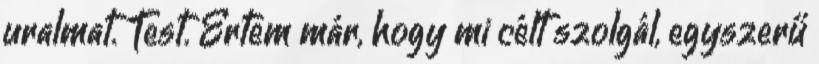
uralmat. Test. Értem már, hogy mi célt szolgál, egyszerű